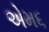
એમ૬